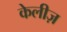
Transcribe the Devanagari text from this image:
केलीज़